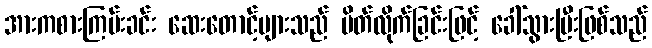
အားကစားကြမ်းခင်း ဆေးတောင့်များသည် ပိတ်လိုက်ခြင်းဖြင့် ခေါ်သွားပြီးဖြစ်သည်